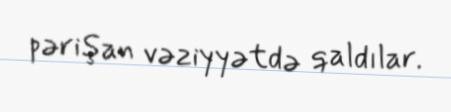
pərişan vəziyyətdə qaldılar.